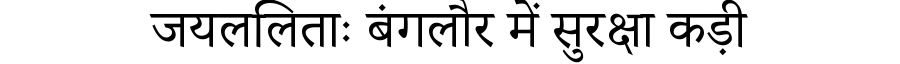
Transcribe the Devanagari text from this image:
जयललिताः बंगलौर में सुरक्षा कड़ी